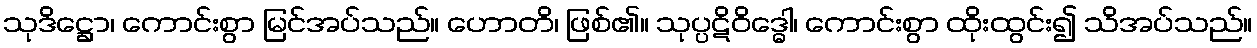
သုဒိဋ္ဌော၊ ကောင်းစွာ မြင်အပ်သည်။ ဟောတိ၊ ဖြစ်၏။ သုပ္ပဋိဝိဒ္ဓေါ၊ ကောင်းစွာ ထိုးထွင်း၍ သိအပ်သည်။